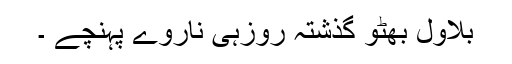
بلاول بھٹو گذشتہ روزہی ناروے پہنچے ۔